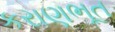
કરાણભૂત